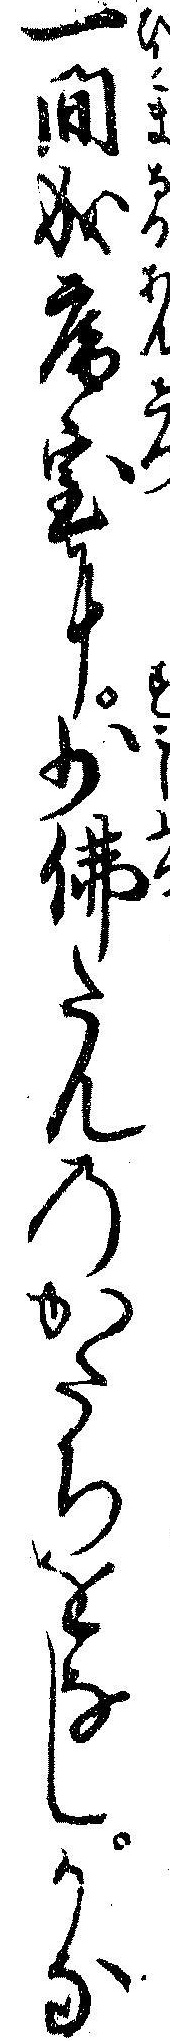
一間成庵室に少仏たんのかたちをなしかな